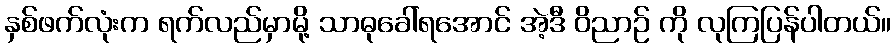
နှစ်ဖက်လုံးက ရက်လည်မှာမို့ သာဓုခေါ်ရအောင် အဲ့ဒီ ဝိညာဉ် ကို လုကြပြန်ပါတယ်။